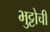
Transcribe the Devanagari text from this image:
भुट्टोची